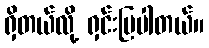
ရှိတယ်လို့ ရှင်းပြပါတယ်။